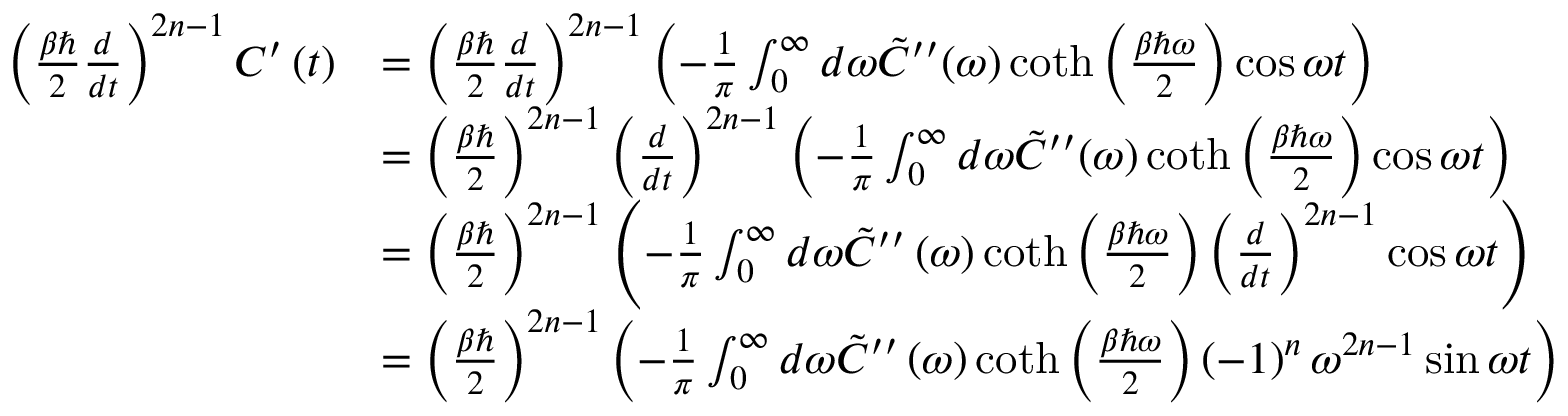
\begin{array} { r l } { \left( \frac { \beta \hbar } { 2 } \frac { d } { d t } \right) ^ { 2 n - 1 } C ^ { \prime } \left( t \right) } & { = \left( \frac { \beta \hbar } { 2 } \frac { d } { d t } \right) ^ { 2 n - 1 } \left( - \frac { 1 } { \pi } \int _ { 0 } ^ { \infty } d \omega \tilde { C } ^ { \prime \prime } ( \omega ) \coth \left( \frac { \beta \hbar \omega } { 2 } \right) \cos \omega t \right) } \\ & { = \left( \frac { \beta \hbar } { 2 } \right) ^ { 2 n - 1 } \left( \frac { d } { d t } \right) ^ { 2 n - 1 } \left( - \frac { 1 } { \pi } \int _ { 0 } ^ { \infty } d \omega \tilde { C } ^ { \prime \prime } ( \omega ) \coth \left( \frac { \beta \hbar \omega } { 2 } \right) \cos \omega t \right) } \\ & { = \left( \frac { \beta \hbar } { 2 } \right) ^ { 2 n - 1 } \left( - \frac { 1 } { \pi } \int _ { 0 } ^ { \infty } d \omega \tilde { C } ^ { \prime \prime } \left( \omega \right) \coth \left( \frac { \beta \hbar \omega } { 2 } \right) \left( \frac { d } { d t } \right) ^ { 2 n - 1 } \cos \omega t \right) } \\ & { = \left( \frac { \beta \hbar } { 2 } \right) ^ { 2 n - 1 } \left( - \frac { 1 } { \pi } \int _ { 0 } ^ { \infty } d \omega \tilde { C } ^ { \prime \prime } \left( \omega \right) \coth \left( \frac { \beta \hbar \omega } { 2 } \right) \left( - 1 \right) ^ { n } \omega ^ { 2 n - 1 } \sin \omega t \right) } \end{array}